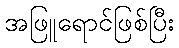
အဖြူရောင်ဖြစ်ပြီး